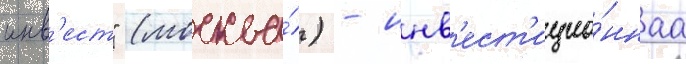
инв'ест" (москва́) - инв'ест'ицио́ннаа